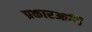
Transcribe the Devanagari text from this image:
प्रकारआणि